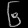
Digit: ၆